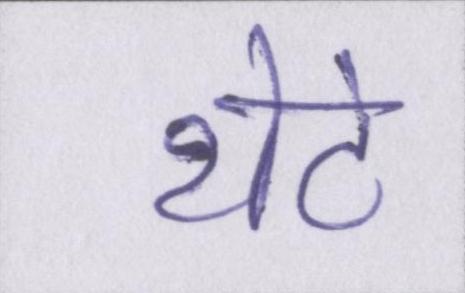
थेटे